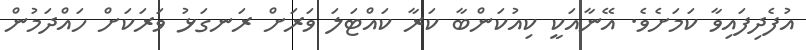
އުފެދިފައިވާ ކަމަށެވެ. އޭނާއަކީ ކިއުކަންބާ ކަރާ ކައްޓަލަ ވަރަށް ރަނގަޅު ވަރަކަށް ހައްދަމުން